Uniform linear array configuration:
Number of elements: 24
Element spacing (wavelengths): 0.25
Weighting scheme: blackman
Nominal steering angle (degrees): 45
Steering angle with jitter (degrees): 44.021
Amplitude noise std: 0.05
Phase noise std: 0.05

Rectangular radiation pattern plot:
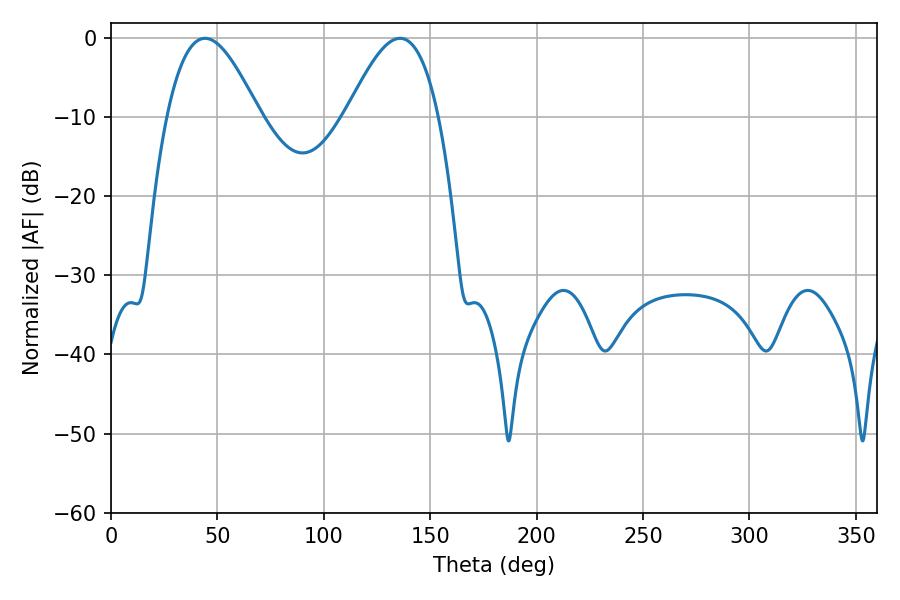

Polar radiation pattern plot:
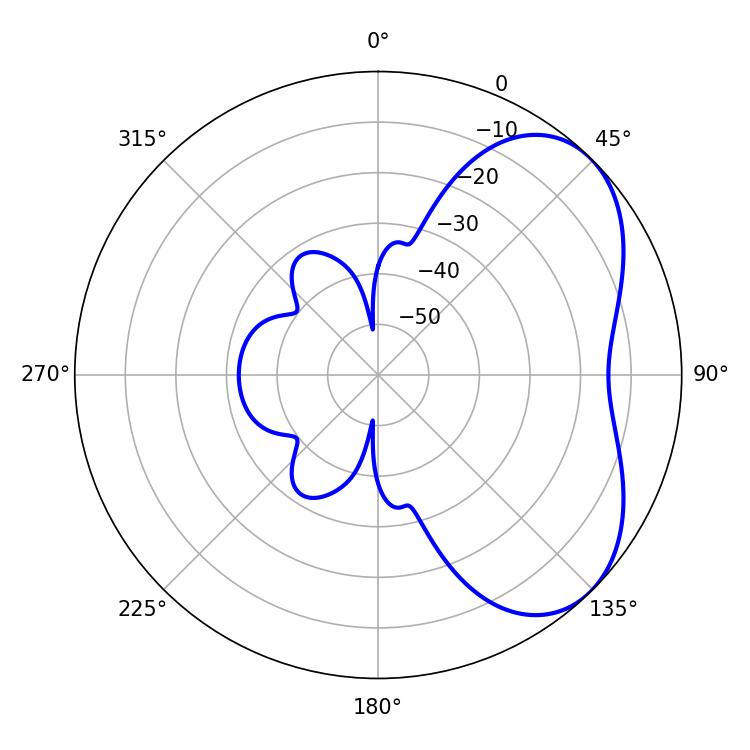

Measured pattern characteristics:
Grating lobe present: FALSE
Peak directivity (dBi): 4.822
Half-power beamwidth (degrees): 23.4
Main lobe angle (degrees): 44.1